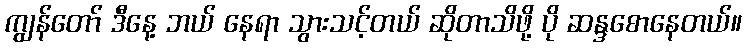
ကျွန်တော် ဒီနေ့ ဘယ် နေရာ သွားသင့်တယ် ဆိုတာသိဖို့ ပို ဆန္ဒစောနေတယ်။